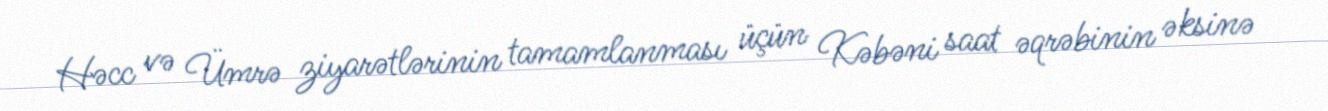
Həcc və Ümrə ziyarətlərinin tamamlanması üçün Kəbəni saat əqrəbinin əksinə